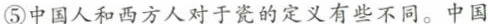
⑤中国人和西方人对于瓷的定义有些不同。中国